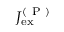
J _ { \mathrm { e x } } ^ { ( \mathrm { ~ P ~ } ) }